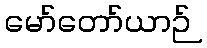
မော်တော်ယာဉ်